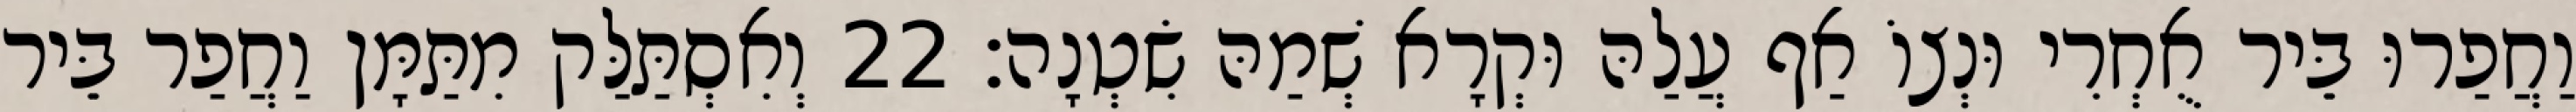
וַחֲפַרוּ בֵּיר אֻחְרִי וּנְצוֹ אַף עֲלַהּ וּקְרָא שְׁמַהּ שִׂטְנָה׃ 22 וְאִסְתַּלַּק מִתַּמָּן וַחֲפַר בֵּיר